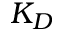
K _ { D }